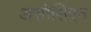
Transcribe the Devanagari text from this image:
असोसिएन